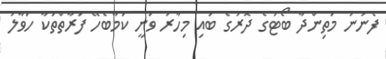
ފެނުނު މަތިންދާ ބޯޓުގެ ދޮރުގެ ބައި މިހާރު ވަނީ ކަމާބެހޭ ފަރާތްތަކާ ހަވާލު